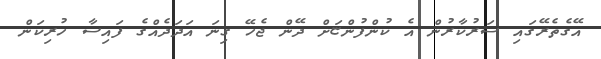
އޭގެތެރޭގައި ސަރުކާރުން އެ ކުންފުންޏަށް ދޭން ޖެހޭ ގިނަ އަދަދެއްގެ ފައިސާ ހުރިކަން